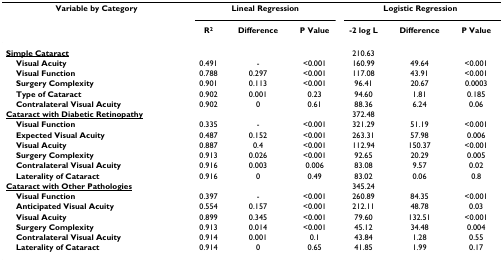
<table><thead><tr><td><b>Variable by Category</b></td><td colspan="3"><b>Lineal Regression</b></td><td colspan="3"><b>Logistic Regression</b></td></tr><tr><td></td><td><b>R<sup>2</sup></b></td><td><b>Difference</b></td><td><b>P Value</b></td><td><b>-2 log L</b></td><td><b>Difference</b></td><td><b>P Value</b></td></tr></thead><tbody><tr><td><underline><b>Simple Cataract</b></underline></td><td></td><td></td><td></td><td>210.63</td><td></td><td></td></tr><tr><td> <b>Visual Acuity</b></td><td>0.491</td><td>-</td><td>&lt;0.001</td><td>160.99</td><td>49.64</td><td>&lt;0.001</td></tr><tr><td> <b>Visual Function</b></td><td>0.788</td><td>0.297</td><td>&lt;0.001</td><td>117.08</td><td>43.91</td><td>&lt;0.001</td></tr><tr><td> <b>Surgery Complexity</b></td><td>0.901</td><td>0.113</td><td>&lt;0.001</td><td>96.41</td><td>20.67</td><td>0.0003</td></tr><tr><td> <b>Type of Cataract</b></td><td>0.902</td><td>0.001</td><td>0.23</td><td>94.60</td><td>1.81</td><td>0.185</td></tr><tr><td> <b>Contralateral Visual Acuity</b></td><td>0.902</td><td>0</td><td>0.61</td><td>88.36</td><td>6.24</td><td>0.06</td></tr><tr><td><underline><b>Cataract with Diabetic Retinopathy</b></underline></td><td></td><td></td><td></td><td>372.48</td><td></td><td></td></tr><tr><td> <b>Visual Function</b></td><td>0.335</td><td>-</td><td>&lt;0.001</td><td>321.29</td><td>51.19</td><td>&lt;0.001</td></tr><tr><td> <b>Expected Visual Acuity</b></td><td>0.487</td><td>0.152</td><td>&lt;0.001</td><td>263.31</td><td>57.98</td><td>0.006</td></tr><tr><td> <b>Visual Acuity</b></td><td>0.887</td><td>0.4</td><td>&lt;0.001</td><td>112.94</td><td>150.37</td><td>&lt;0.001</td></tr><tr><td> <b>Surgery Complexity</b></td><td>0.913</td><td>0.026</td><td>&lt;0.001</td><td>92.65</td><td>20.29</td><td>0.005</td></tr><tr><td> <b>Contralateral Visual Acuity</b></td><td>0.916</td><td>0.003</td><td>0.006</td><td>83.08</td><td>9.57</td><td>0.02</td></tr><tr><td> <b>Laterality of Cataract</b></td><td>0.916</td><td>0</td><td>0.49</td><td>83.02</td><td>0.06</td><td>0.8</td></tr><tr><td><underline><b>Cataract with Other Pathologies</b></underline></td><td></td><td></td><td></td><td>345.24</td><td></td><td></td></tr><tr><td> <b>Visual Function</b></td><td>0.397</td><td>-</td><td>&lt;0.001</td><td>260.89</td><td>84.35</td><td>&lt;0.001</td></tr><tr><td> <b>Anticipated Visual Acuity</b></td><td>0.554</td><td>0.157</td><td>&lt;0.001</td><td>212.11</td><td>48.78</td><td>0.03</td></tr><tr><td> <b>Visual Acuity</b></td><td>0.899</td><td>0.345</td><td>&lt;0.001</td><td>79.60</td><td>132.51</td><td>&lt;0.001</td></tr><tr><td> <b>Surgery Complexity</b></td><td>0.913</td><td>0.014</td><td>&lt;0.001</td><td>45.12</td><td>34.48</td><td>0.004</td></tr><tr><td> <b>Contralateral Visual Acuity</b></td><td>0.914</td><td>0.001</td><td>0.1</td><td>43.84</td><td>1.28</td><td>0.55</td></tr><tr><td> <b>Laterality of Cataract</b></td><td>0.914</td><td>0</td><td>0.65</td><td>41.85</td><td>1.99</td><td>0.17</td></tr></tbody></table>